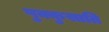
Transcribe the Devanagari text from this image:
पुक्कुसाति